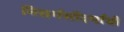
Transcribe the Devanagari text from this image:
निसर्गसौंदर्याची